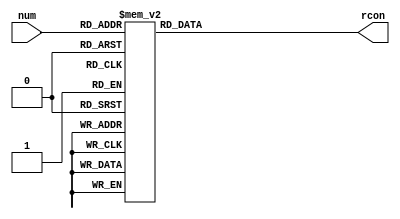
module rcon(num,rcon);

input [3:0] num;
output [31:0] rcon;

reg [31:0] rcon;

always @(num) begin

   case(num)
         4'h0: rcon=32'h01_00_00_00;
         4'h1: rcon=32'h02_00_00_00;
         4'h2: rcon=32'h04_00_00_00;
         4'h3: rcon=32'h08_00_00_00;
         4'h4: rcon=32'h10_00_00_00;
         4'h5: rcon=32'h20_00_00_00;
         4'h6: rcon=32'h40_00_00_00;
         4'h7: rcon=32'h80_00_00_00;
         4'h8: rcon=32'h1b_00_00_00;
         4'h9: rcon=32'h36_00_00_00;
         default: rcon=32'h00_00_00_00;
   endcase

end

endmodule